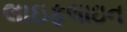
લાઇફલાઇન